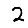
Digit: 2